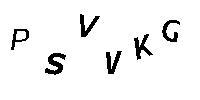
PSVVKG